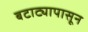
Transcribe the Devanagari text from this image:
बटाट्यापासून